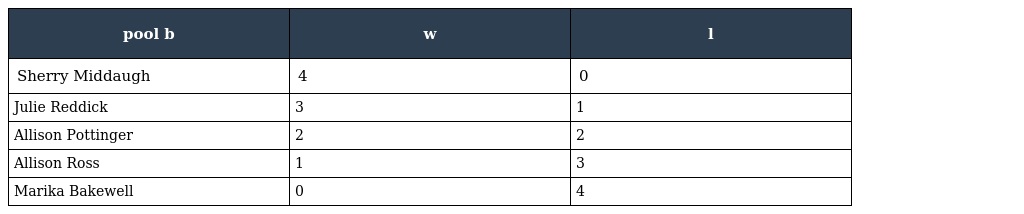
| pool b | w | l |
 | --- | --- | --- |
 | Sherry Middaugh | 4 | 0 |
 | Julie Reddick | 3 | 1 |
 | Allison Pottinger | 2 | 2 |
 | Allison Ross | 1 | 3 |
 | Marika Bakewell | 0 | 4 |